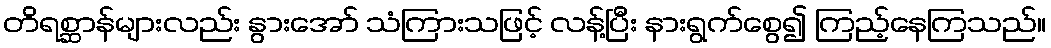
တိရစ္ဆာန်များလည်း နွားအော် သံကြားသဖြင့် လန့်ပြီး နားရွက်စွေ၍ ကြည့်နေကြသည်။